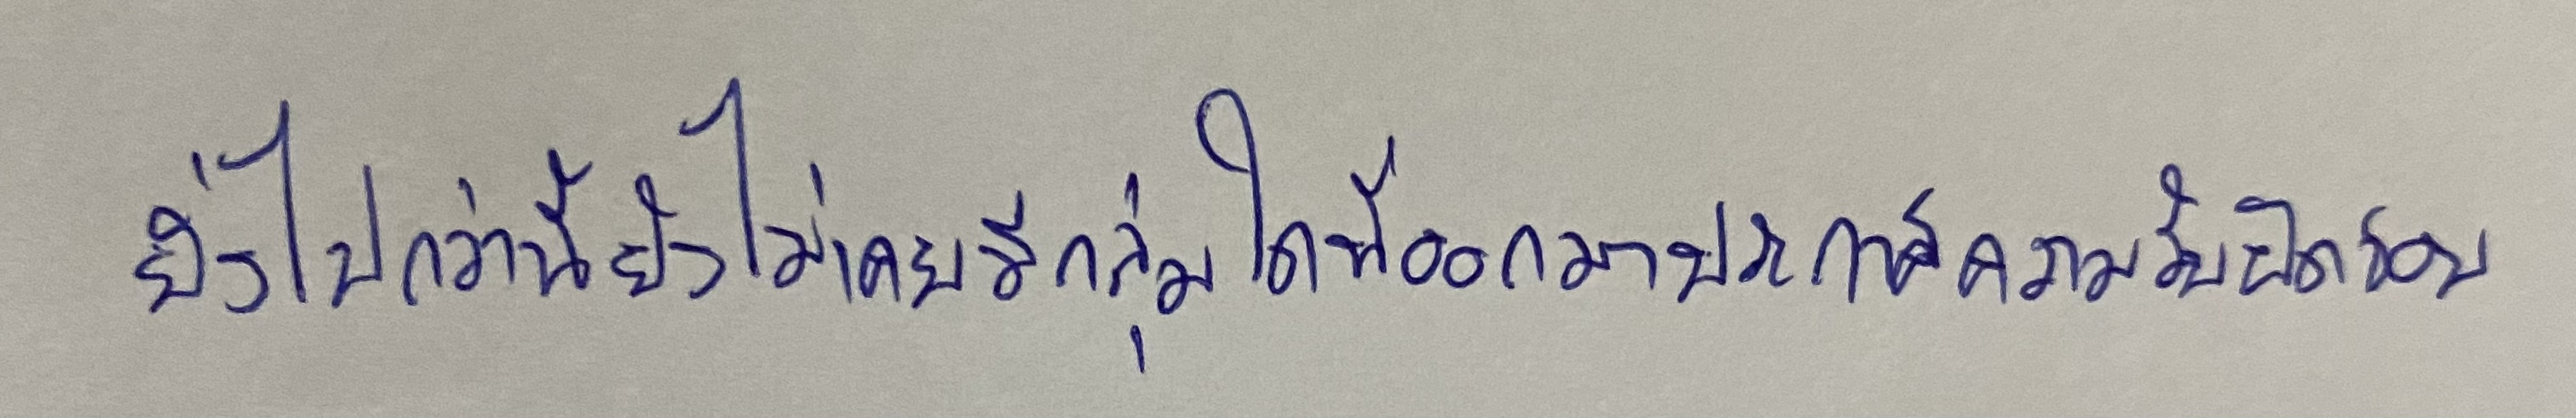
ยิ่งไปกว่านี้ยังไม่เคยมีกลุ่มใดที่ออกมาประกาศความรับผิดชอบ